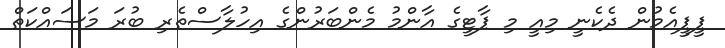
ޕީޕީއެމުން ދެކެނީ މިއީ މި ޕާޓީގެ އާންމު މެންބަރުންގެ އިހުލާސްތެރި ބުރަ މަސައްކަތް